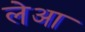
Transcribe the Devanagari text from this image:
लेआ